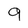
Character: 9